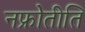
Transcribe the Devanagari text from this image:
नफ्रोेतीति